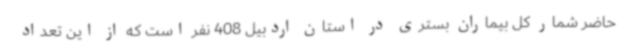
حاضر شمار کل بیماران بستری در استان اردبیل 408 نفر است که از این تعداد